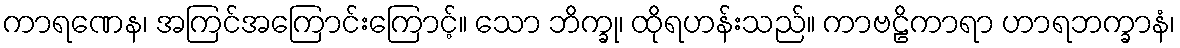
ကာရဏေန၊ အကြင်အကြောင်းကြောင့်။ သော ဘိက္ခု၊ ထိုရဟန်းသည်။ ကာဗဠိကာရာ ဟာရဘက္ခာနံ၊